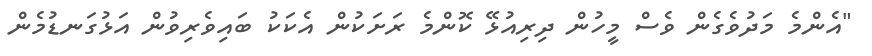
"އެންމެ މަދުވެގެން ވެސް މީހުން ދިރިއުޅޭ ކޮންމެ ރަށަކުން އެކަކު ބައިވެރިވުން އަޅުގަނޑުމެން